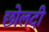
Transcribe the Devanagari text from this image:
छोलदी